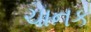
ચાનક